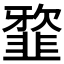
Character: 𩐆